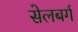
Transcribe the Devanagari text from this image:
सेलबर्ग